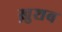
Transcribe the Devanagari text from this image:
ख़ुशब